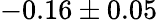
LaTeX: -0.16\pm 0.05